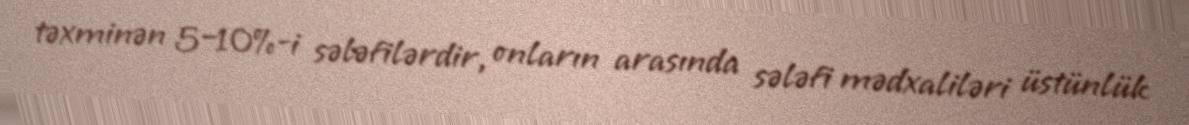
təxminən 5–10%-i sələfilərdir, onların arasında sələfi mədxaliləri üstünlük